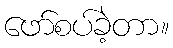
ဖော်စပ်ခဲ့တာ။